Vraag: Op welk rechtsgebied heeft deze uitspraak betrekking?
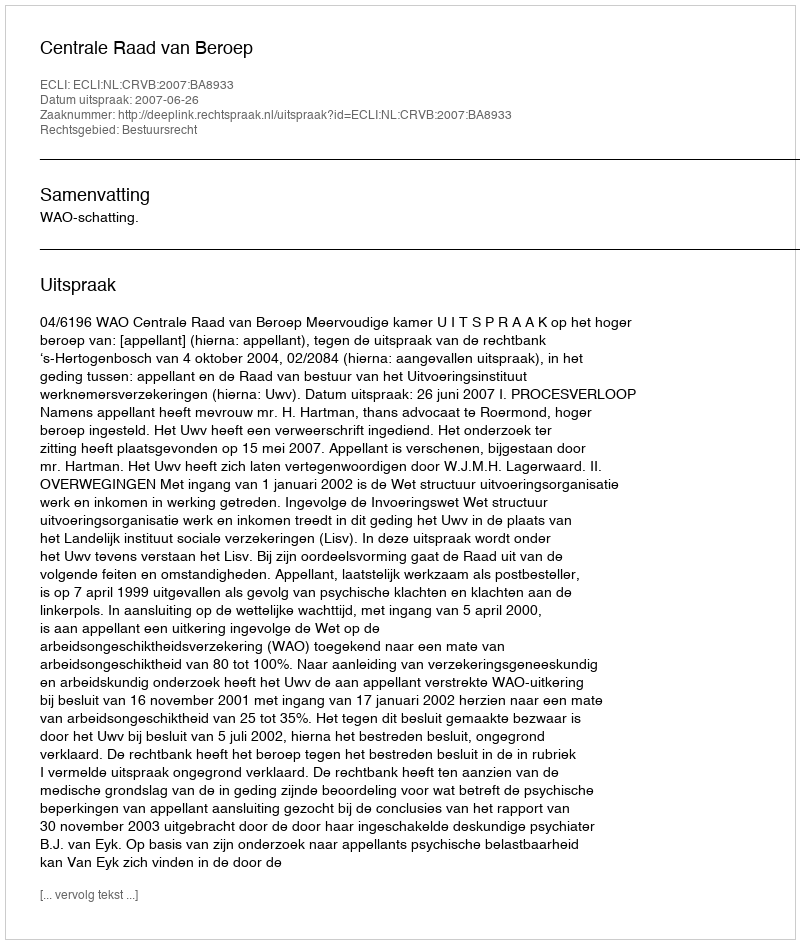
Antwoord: Bestuursrecht